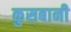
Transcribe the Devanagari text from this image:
कुसबानी